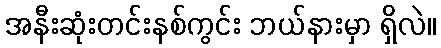
အနီးဆုံးတင်းနစ်ကွင်း ဘယ်နားမှာ ရှိလဲ။